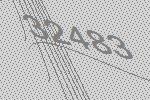
32483